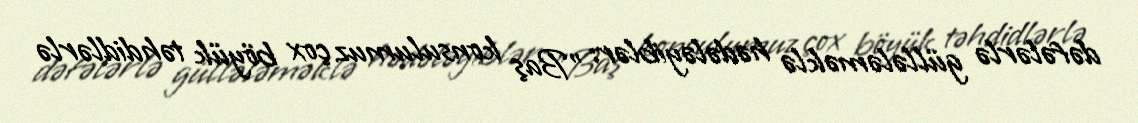
dəfələrlə güllələməklə hədələyiblər: "Baş konsulumuz çox böyük təhdidlərlə